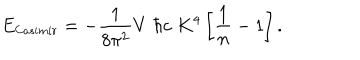
E _ { \small C a s i m i r } = - { \frac { 1 } { 8 \pi ^ { 2 } } } V \; \hbar c \; K ^ { 4 } \left[ { \frac { 1 } { n } } - 1 \right] .